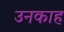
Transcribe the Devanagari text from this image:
उनकाह